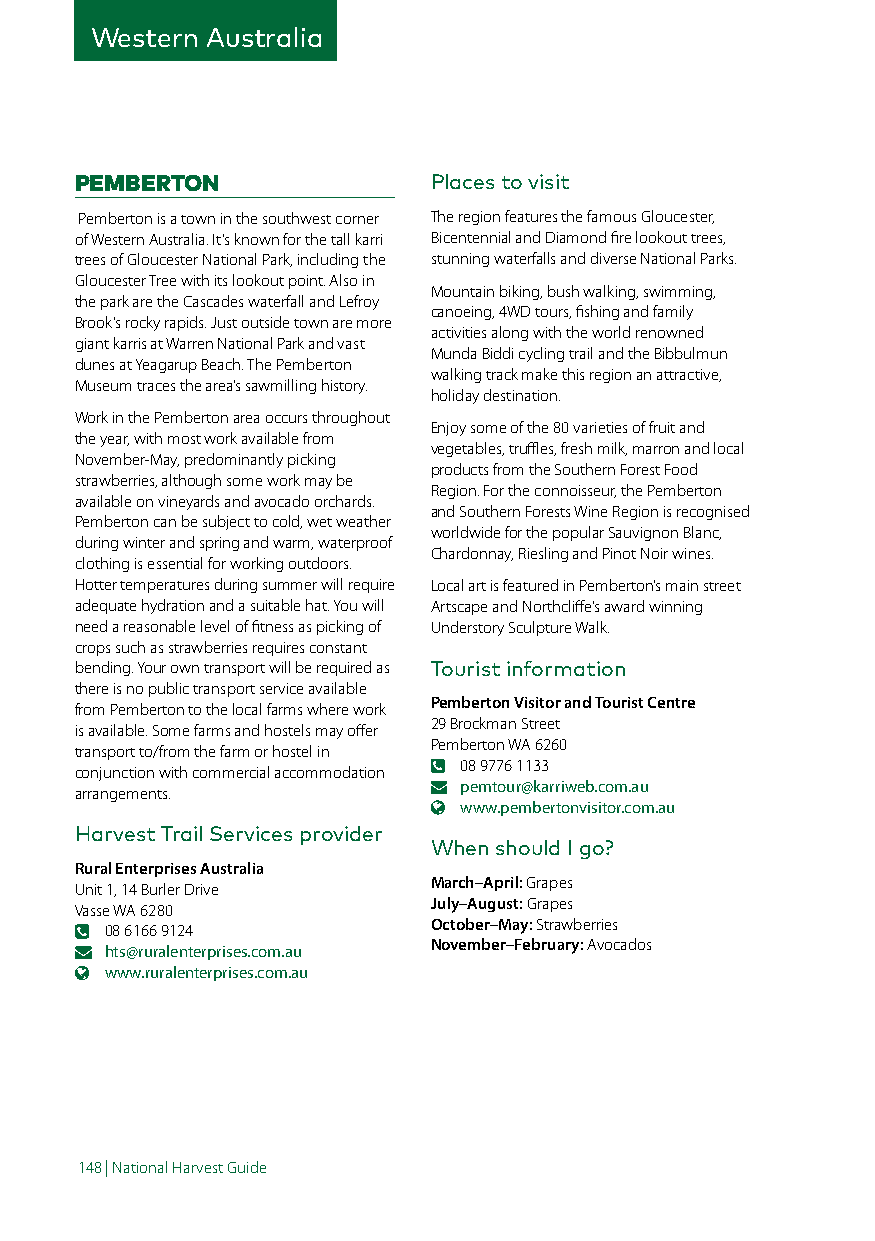
Western Australia
 PEMBERTON              Places to visit
 Pemberton is a town in the southwest corner The region features the famous Gloucester,
 of Western Australia. It’s known for the tall karri Bicentennial and Diamond fire lookout trees,
 trees of Gloucester National Park, including the stunning waterfalls and diverse National Parks.
 Gloucester Tree with its lookout point. Also in
 Mountain biking, bush walking, swimming,
 the park are the Cascades waterfall and Lefroy
 canoeing, 4WD tours, fishing and family
 Brook’s rocky rapids. Just outside town are more
 activities along with the world renowned
 giant karris at Warren National Park and vast
 Munda Biddi cycling trail and the Bibbulmun
 dunes at Yeagarup Beach. The Pemberton
 walking track make this region an attractive,
 Museum traces the area’s sawmilling history.
 holiday destination.
 Work in the Pemberton area occurs throughout
 Enjoy some of the 80 varieties of fruit and
 the year, with most work available from
 vegetables, truffles, fresh milk, marron and local
 November-May, predominantly picking
 products from the Southern Forest Food
 strawberries, although some work may be
 Region. For the connoisseur, the Pemberton
 available on vineyards and avocado orchards.
 and Southern Forests Wine Region is recognised
 Pemberton can be subject to cold, wet weather
 worldwide for the popular Sauvignon Blanc,
 during winter and spring and warm, waterproof
 Chardonnay, Riesling and Pinot Noir wines.
 clothing is essential for working outdoors.
 Hotter temperatures during summer will require Local art is featured in Pemberton’s main street
 adequate hydration and a suitable hat. You will Artscape and Northcliffe’s award winning
 need a reasonable level of fitness as picking of Understory Sculpture Walk.
 crops such as strawberries requires constant
 bending. Your own transport will be required as Tourist information
 there is no public transport service available
 Pemberton Visitor and Tourist Centre
 from Pemberton to the local farms where work
 29 Brockman Street
 is available. Some farms and hostels may offer
 Pemberton WA 6260
 transport to/from the farm or hostel in
 08 9776 1133
 conjunction with commercial accommodation
 pemtour@karriweb.com.au
 arrangements.
 www.pembertonvisitor.com.au
 Harvest Trail Services provider
 When should I go?
 Rural Enterprises Australia
 March–April: Grapes
 Unit 1, 14 Burler Drive
 July–August: Grapes
 Vasse WA 6280
 October–May: Strawberries
 08 6166 9124
 November–February: Avocados
 hts@ruralenterprises.com.au
 www.ruralenterprises.com.au
 148 | National Harvest Guide